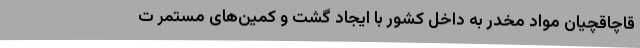
قاچاقچیان مواد مخدر به داخل کشور با ایجاد گشت‌ و کمین‌های مستمر ت